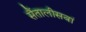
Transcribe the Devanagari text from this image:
सैंतालीसवां